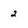
Character: 2